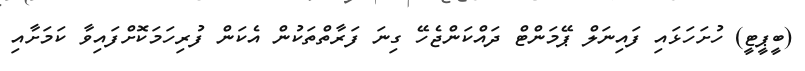
(ބީޕީޓީ) ހުށަހަޅައި ފައިނަލް ޕޭމަންޓް ދައްކަންޖެހޭ ގިނަ ފަރާތްތަކުން އެކަން ފުރިހަމަކޮށްފައިވާ ކަމަށާއި